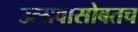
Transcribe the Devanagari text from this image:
उत्सवासोबतच